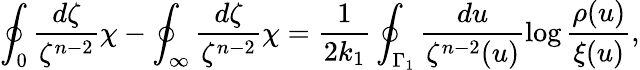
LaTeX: \oint_{0}\frac{d\zeta}{\zeta^{n-2}}\chi-\oint_{\infty}\frac{d\zeta}{\zeta^{n-2}}\chi=\frac{1}{2k_{1}}\oint_{\Gamma_{1}}\frac{du}{\zeta^{n-2}(u)}\log\frac{\rho(u)}{\xi(u)},